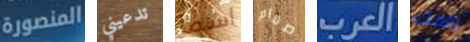
المنصورة تدعيني اسما صمام العرب راسك